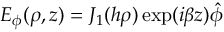
E _ { \phi } ( \rho , z ) = J _ { 1 } ( h \rho ) \exp ( i \beta z ) \hat { \phi }